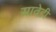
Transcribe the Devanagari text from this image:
सावेडी